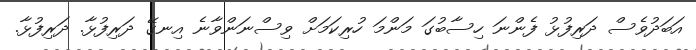
އަބަދުވެސް ދަރިފުޅު ފެންނަ ހިސާބުގަ މަންމަ ހުރިކަމަށް ވިސްނަންވާނެ އިނގޭ ދަރިފުޅާ. ދަރިފުޅާ.